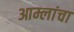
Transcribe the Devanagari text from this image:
आम्लांचा